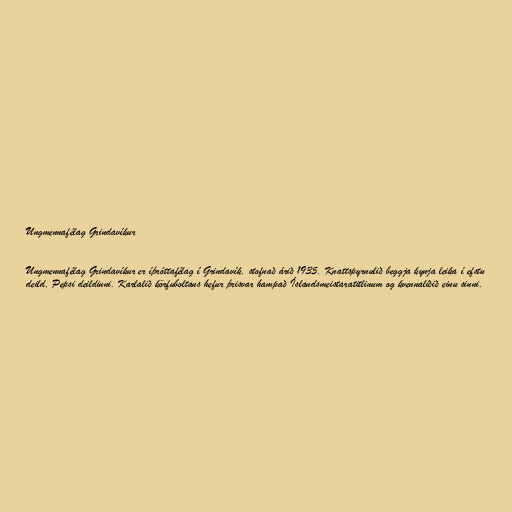
Ungmennafélag Grindavíkur

Ungmennafélag Grindavíkur er íþróttafélag í Grindavík, stofnað árið 1935. Knattspyrnulið beggja kynja leika í efstu
deild, Pepsi deildinni. Karlalið körfuboltans hefur þrisvar hampað Íslandsmeistaratitlinum og kvennaliðið einu sinni.